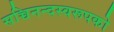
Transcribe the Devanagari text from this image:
सच्चिनन्दस्वरूपको